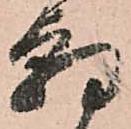
朝